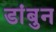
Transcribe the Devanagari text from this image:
डांबुन